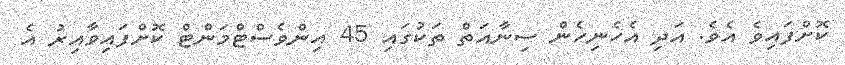
ކޮށްފައިވެ އެވެ. އަދި އެހެނިހެން ސިނާއަތް ތަކުގައި 45 އިންވެސްޓްމަންޓް ކޮށްފައިވާއިރު އެ